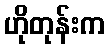
ဟိုတုန်းက